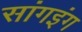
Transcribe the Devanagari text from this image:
सांगइंग